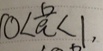
0 < \frac { 6 } { a } < 1 ,